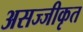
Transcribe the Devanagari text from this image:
असज्जीकृत